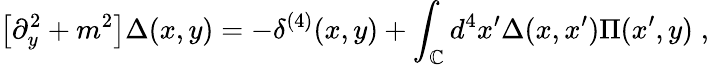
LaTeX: \big[\partial_{y}^{2}+m^{2}\big]\Delta(x,y)=-\delta^{(4)}(x,y)+\int_{\mathbb{C}}d^{4}x^{\prime}\Delta(x,x^{\prime})\Pi(x^{\prime},y)\; ,